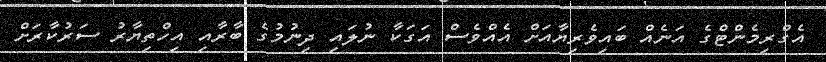
އެގްރިމެންޓްގެ އަނެއް ބައިވެރިޔާއަށް އެއްވެސް އަގަކާ ނުލައި ދިނުމުގެ ބާރާއި އިހްތިޔާރު ސަރުކާރަށް